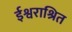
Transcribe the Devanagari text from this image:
ईश्वराश्रित